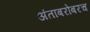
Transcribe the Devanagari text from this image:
अंताबरोबरच